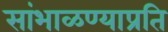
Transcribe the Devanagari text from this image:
सांभाळण्याप्रति